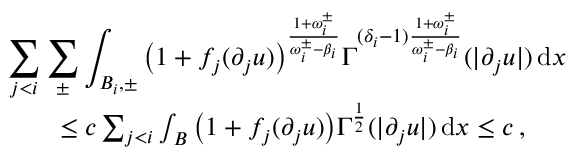
\begin{array} { r l r } { \lefteqn { \sum _ { j < i } \sum _ { \pm } \int _ { B _ { i } , \pm } \big ( 1 + f _ { j } ( \partial _ { j } u ) \big ) ^ { \frac { 1 + \omega _ { i } ^ { \pm } } { \omega _ { i } ^ { \pm } - \beta _ { i } } } \Gamma ^ { ( \delta _ { i } - 1 ) \frac { 1 + \omega _ { i } ^ { \pm } } { \omega _ { i } ^ { \pm } - \beta _ { i } } } ( | \partial _ { j } u | ) \, \mathrm { d } x } } \\ & { } & { \leq c \sum _ { j < i } \int _ { B } \big ( 1 + f _ { j } ( \partial _ { j } u ) \big ) \Gamma ^ { \frac { 1 } { 2 } } ( | \partial _ { j } u | ) \, \mathrm { d } x \leq c \, , } \end{array}